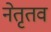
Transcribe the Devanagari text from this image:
नेतृतव